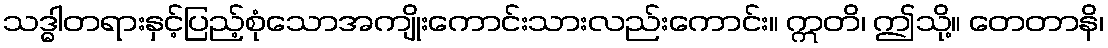
သဒ္ဓါတရားနှင့်ပြည့်စုံသောအကျိုးကောင်းသားလည်းကောင်း။ ဣတိ၊ ဤသို့။ တေတာနိ၊